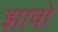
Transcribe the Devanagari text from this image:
झावो